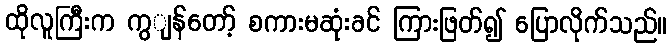
ထိုလူကြီးက ကွျန်တော့် စကားမဆုံးခင် ကြားဖြတ်၍ ပြောလိုက်သည်။